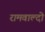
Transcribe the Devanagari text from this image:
रामवाल्दो